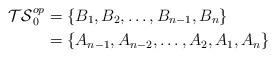
LaTeX: \begin{align*} \mathcal{TS}_0^{op}&=\{B_1,B_2,\ldots,B_{n-1},B_n\}\\ &=\{A_{n-1},A_{n-2},\ldots,A_2,A_1,A_n\} \end{align*}